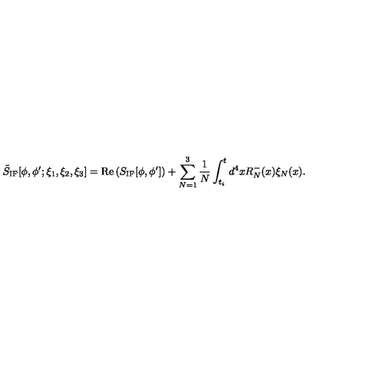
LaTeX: \tilde { S } _ { \mathrm { I F } } [ \phi , \phi ^ { \prime } ; \xi _ { 1 } , \xi _ { 2 } , \xi _ { 3 } ] = \mathrm { R e } \left( S _ { \mathrm { I F } } [ \phi , \phi ^ { \prime } ] \right) + \sum _ { N = 1 } ^ { 3 } { \frac { 1 } { N } } \int _ { t _ { i } } ^ { t } d ^ { 4 } x R _ { N } ^ { - } ( x ) \xi _ { N } ( x ) .